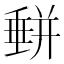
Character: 𡐱